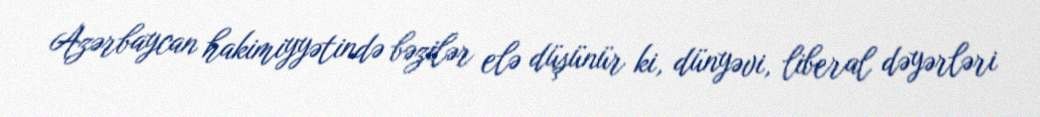
Azərbaycan hakimiyyətində bəzilər elə düşünür ki, dünyəvi, liberal dəyərləri